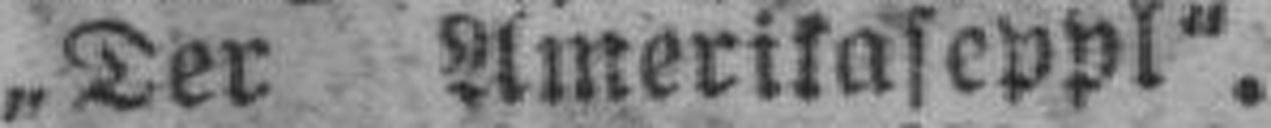
„Der Amerikaseppl“.